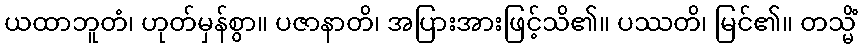
ယထာဘူတံ၊ ဟုတ်မှန်စွာ။ ပဇာနာတိ၊ အပြားအားဖြင့်သိ၏။ ပဿတိ၊ မြင်၏။ တသ္မိံ